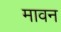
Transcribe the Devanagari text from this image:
मावन